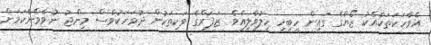
އެވާހަކަތަކާއެކު ޒޯޔާގެ ގައިން ހީބިހި ހިލުވާލިއެވެ. ޒަފަރްގެ ވަކިތަކުން ދުވަހަކުވެސް މިންޖު ނުވެވޭނެކަމަށް